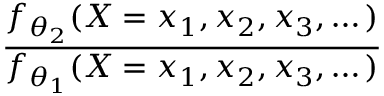
\frac { f _ { \theta _ { 2 } } ( X = x _ { 1 } , x _ { 2 } , x _ { 3 } , \dots ) } { f _ { \theta _ { 1 } } ( X = x _ { 1 } , x _ { 2 } , x _ { 3 } , \dots ) }